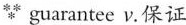
*** guarantee v.保证